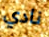
نادي